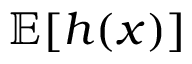
\mathbb { E } [ h ( x ) ]